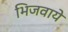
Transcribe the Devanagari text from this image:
भिजवाये